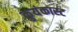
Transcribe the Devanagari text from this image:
कुयंकास्ट